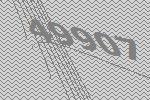
49907